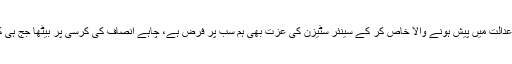
اسی طرح عدالت میں پیش ہونے والا خاص کر کے سینئر سٹیزن کی عزت بھی ہم سب پر فرض ہے، چاہے انصاف کی کرسی پر بیٹھا جج ہی کیوں نہ ہو۔